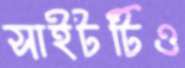
সাইটটিও